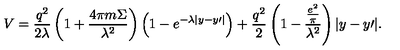
V = \frac { { q ^ { 2 } } } { { 2 \lambda } } \left( { 1 + \frac { { 4 \pi m \Sigma } } { { \lambda ^ { 2 } } } } \right) \left( { 1 - e ^ { - \lambda | y - y { \prime } | } } \right) + \frac { { q ^ { 2 } } } { 2 } \left( { 1 - \frac { { \frac { { e ^ { 2 } } } { \pi } } } { { \lambda ^ { 2 } } } } \right) | y - y { \prime } | .